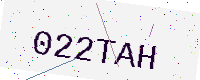
Text: 022TAH